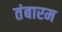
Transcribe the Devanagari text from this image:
तंबारम